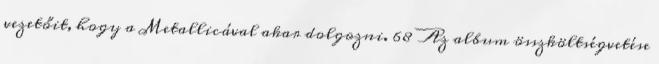
vezetőit, hogy a Metallicával akar dolgozni. 68 Az album összköltségvetése